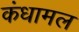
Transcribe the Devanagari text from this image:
कंधामल